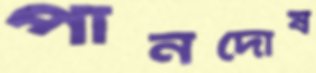
পানদোষ